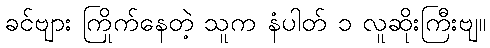
ခင်ဗျား ကြိုက်နေတဲ့ သူက နံပါတ် ၁ လူဆိုးကြီးဗျ။